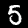
Digit: 5